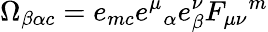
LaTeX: \Omega_{\beta\alpha c}=e_{mc}e^{\mu}{}_{\alpha}e_{\beta}^{\nu}F_{\mu\nu}{}^{m}